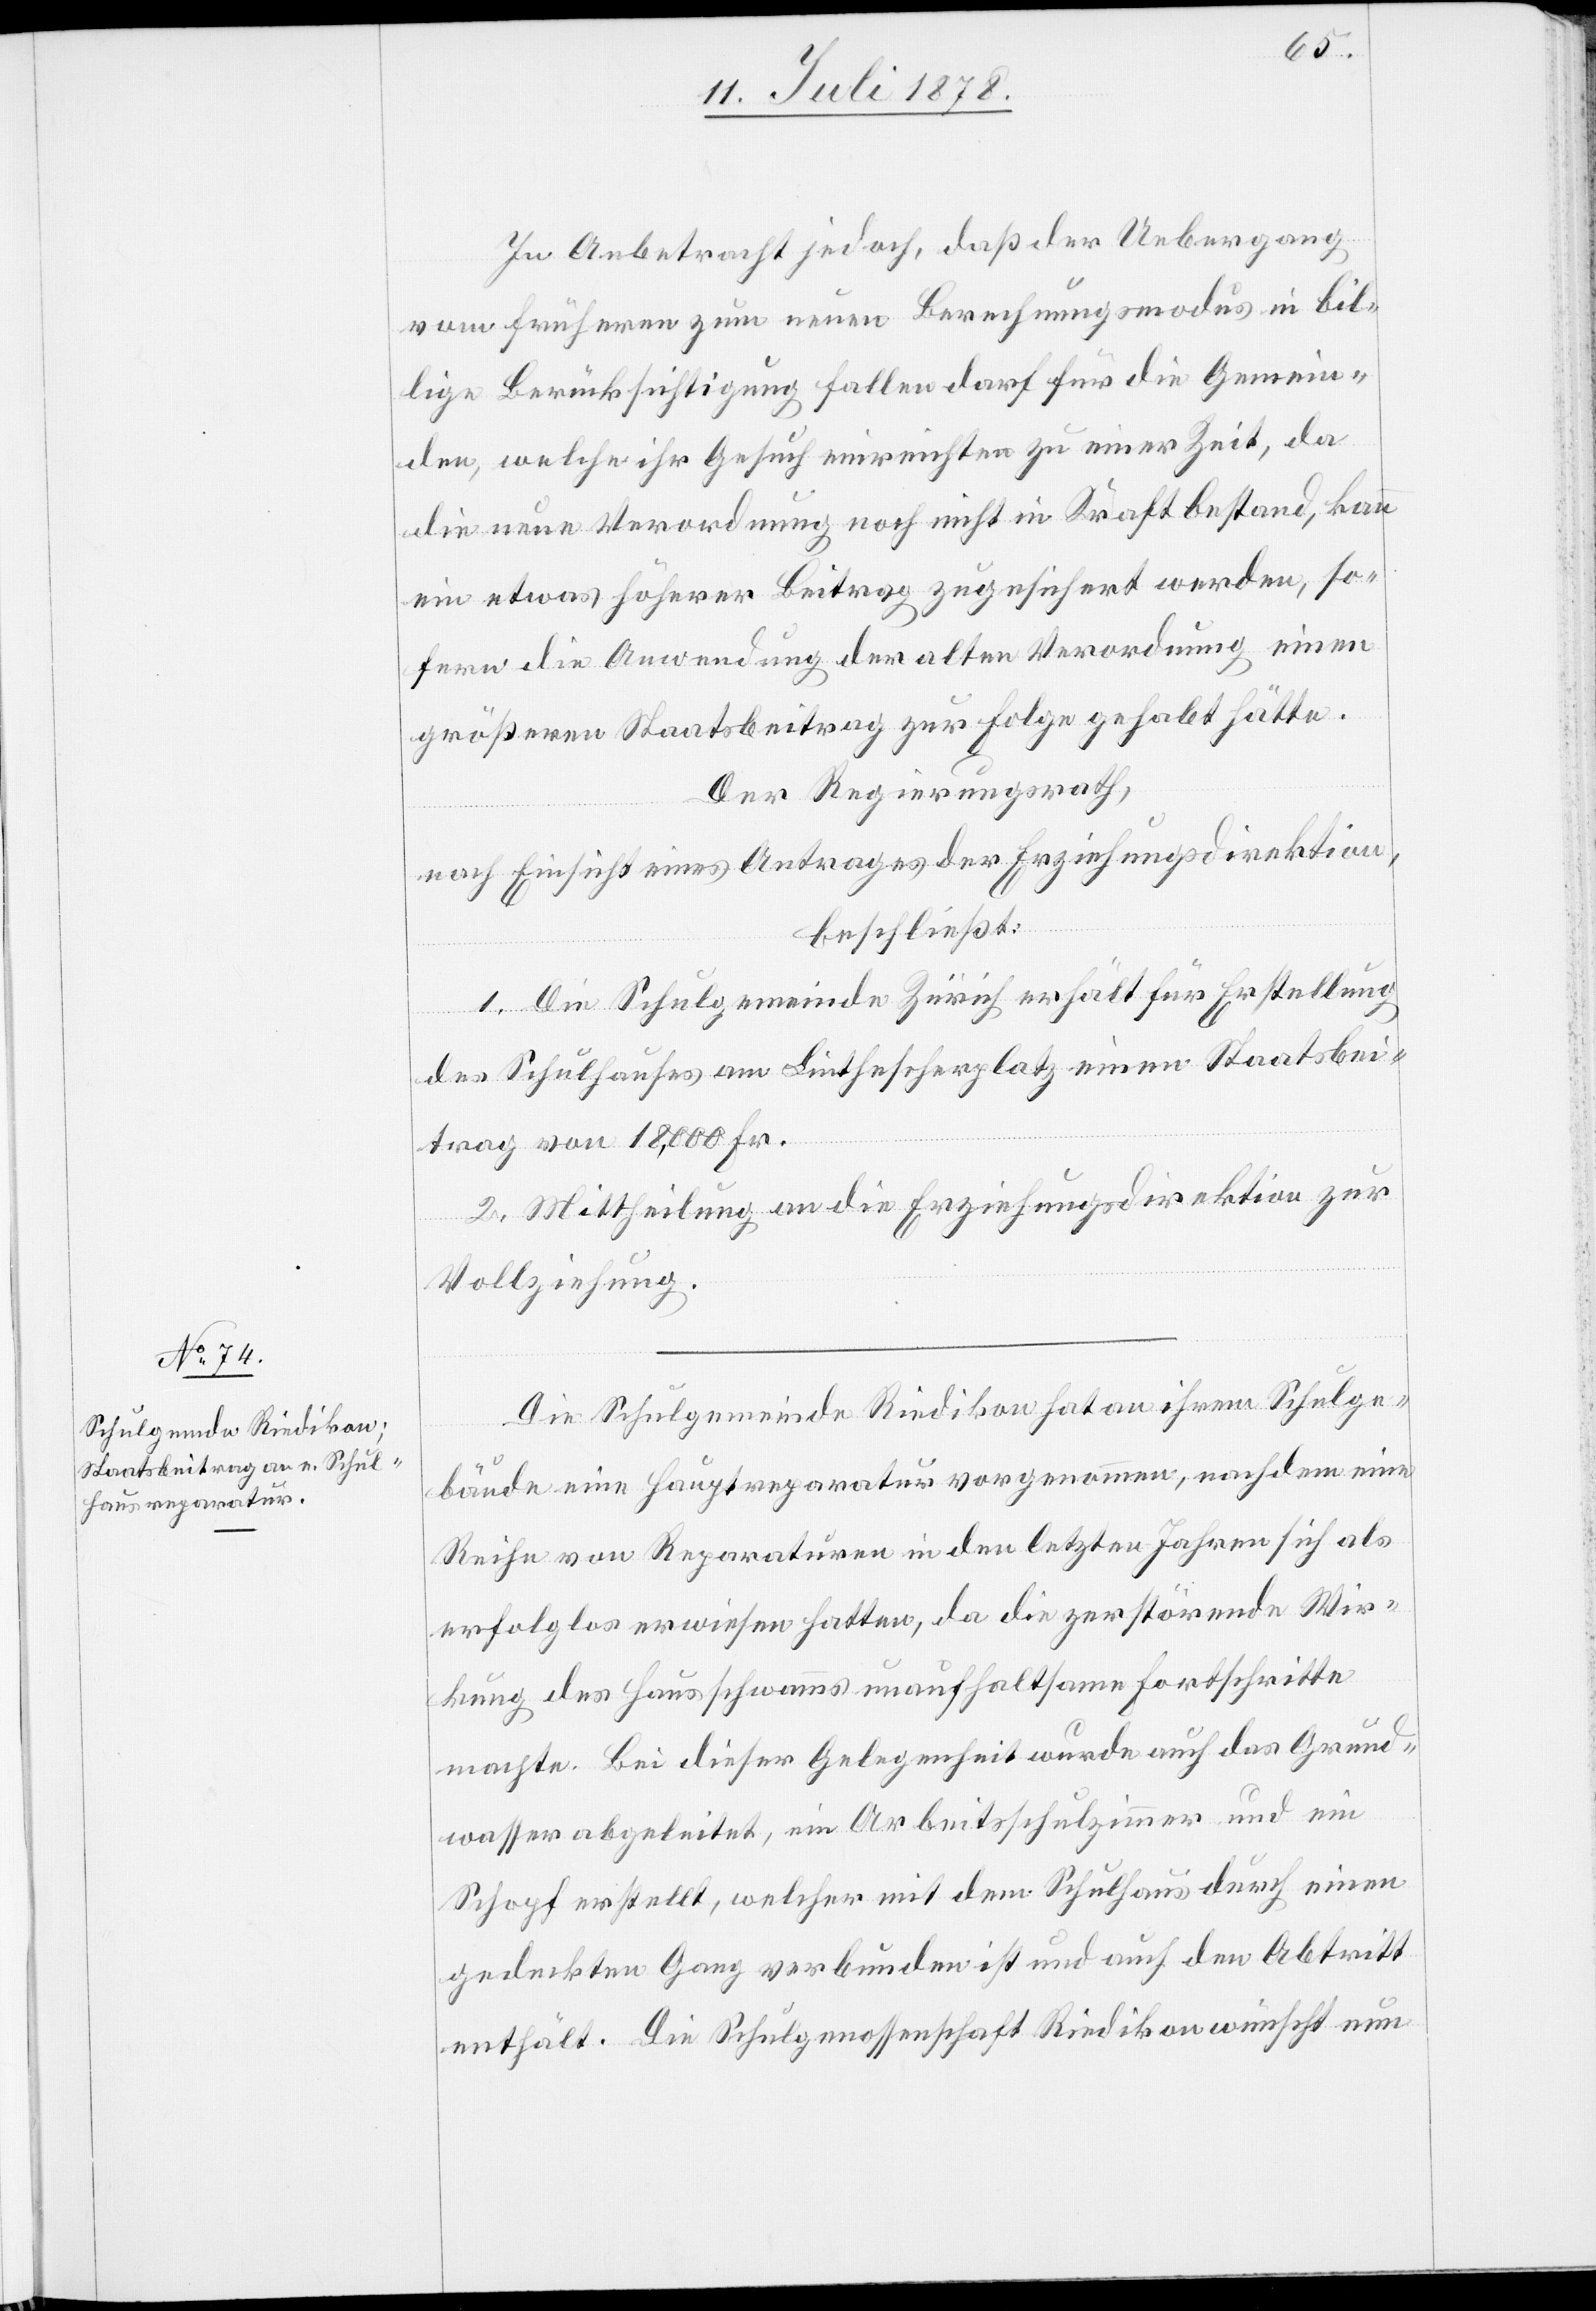
In Anbetracht jedoch, daß der Uebergang
vom frühern zum neuen Berechnungsmodus in bil¬
lige Berücksichtigung fallen darf für die Gemein¬
den, welche ihr Gesuch einreichten zu einer Zeit, da
die neue Verordnung noch nicht in Kraft bestand, kann
ein etwas höherer Beitrag zugesichert werden, so¬
fern die Anwendung der alten Verordnung einen
größeren Staatsbeitrag zur Folge gehabt hätte.
Der Regierungsrath,
nach Einsicht eines Antrages der Erziehungsdirektion,
beschließt:
1. Die Schulgemeinde Zürich erhält für Erstellung
des Schulhauses am Linthescherplatz einen Staatsbei¬
trag von 18,000 Fr.
2. Mittheilung an die Erziehungsdirektion zur
Vollziehung.
Die Schulgemeinde Riedikon hat an ihrem Schulge¬
bäude eine Hauptreparatur vorgenommen, nachdem eine
Reihe von Reparaturen in den letzten Jahren sich als
erfolglos erwiesen hatten, da die zerstörende Wir¬
kung des Hauschwamms unaufhaltsame Fortschritte
machte. Bei dieser Gelegenheit wurde auch das Grund¬
wasser abgeleitet, ein Arbeitsschulzimmer und ein
Schopf erstellt, welcher mit dem Schulhaus durch einen
gedeckten Gang verbunden ist und auch den Abtritt
enthält. Die Schulgenossenschaft Riedikon wünscht nun